342_HS1-416511228_319.1 Flying Discs 1949
Agency: Department of War
Incident date: 1/9/50
Page 50
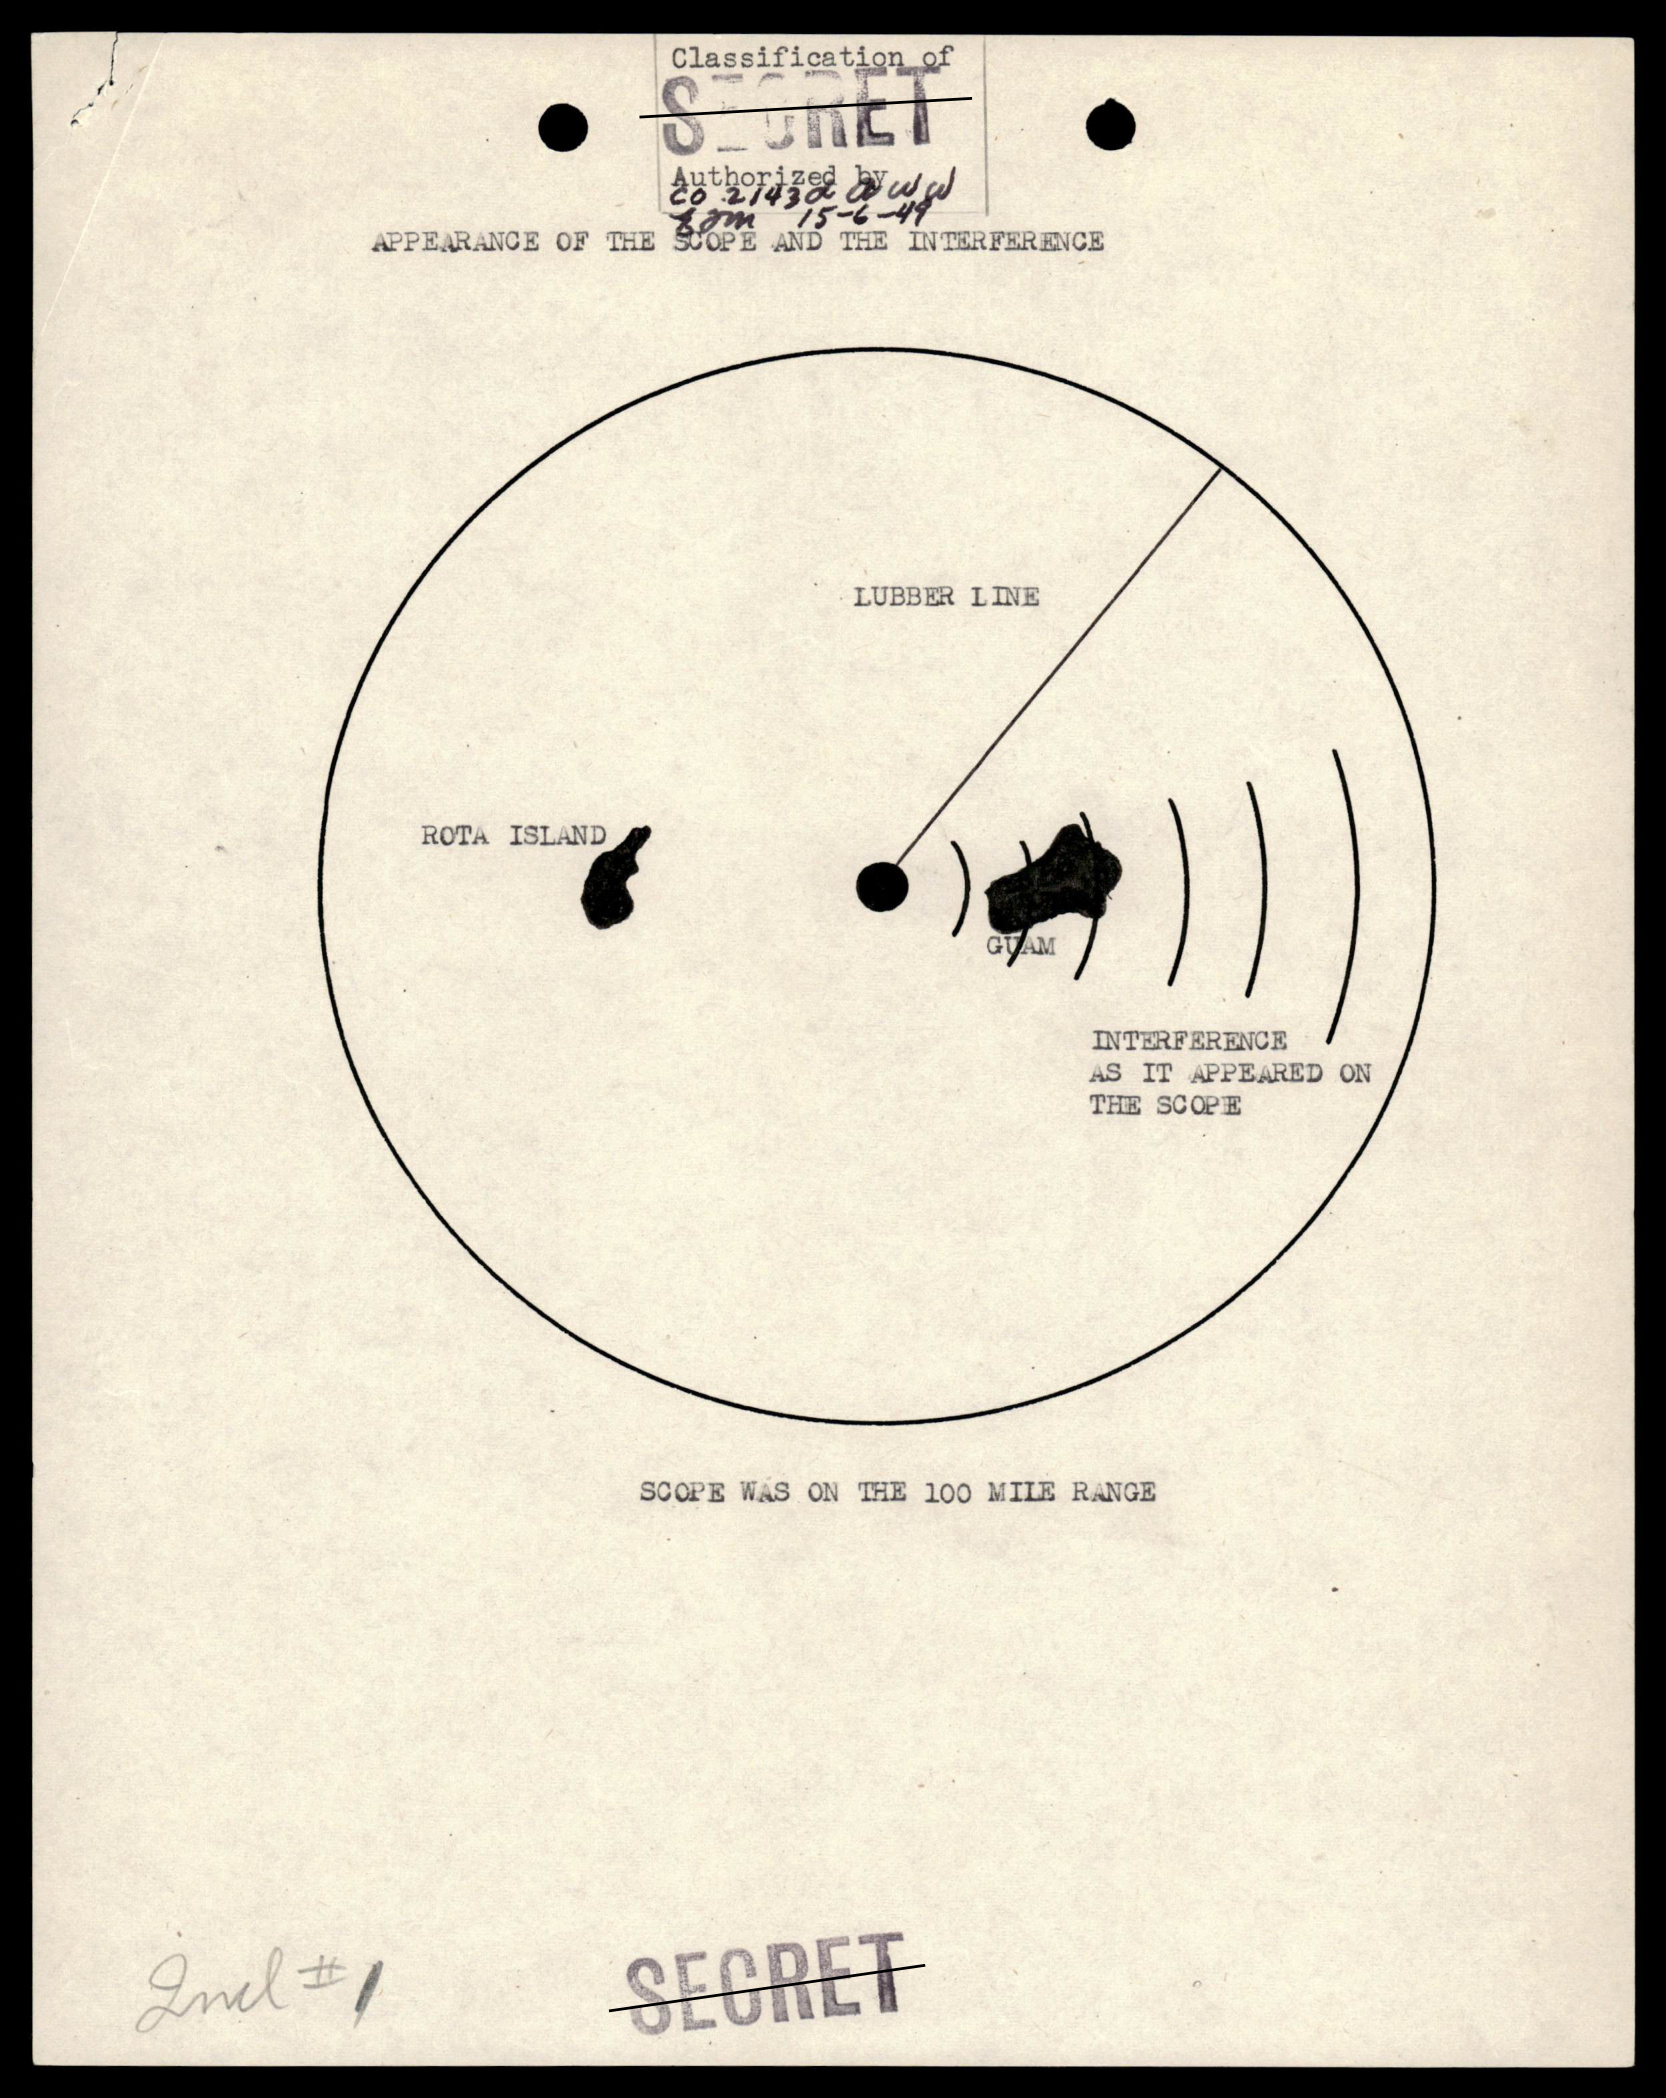